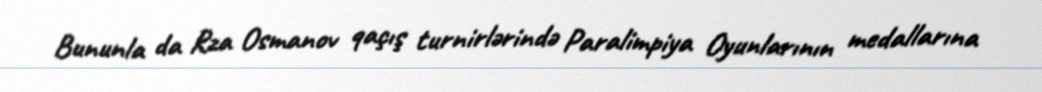
Bununla da Rza Osmanov qaçış turnirlərində Paralimpiya Oyunlarının medallarına